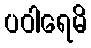
ပဝါရေမိ